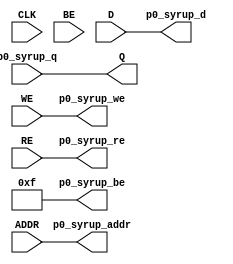
//------------------------------------------------------------------------------
// Single-port Cache
//------------------------------------------------------------------------------
module SyrupMemory1P #
  (
   parameter DOMAIN = "undefined",
   parameter ID = 0,
   parameter ADDR_WIDTH = 10,
   parameter DATA_WIDTH = 32,
   parameter WAY = 1,
   parameter LINEWIDTH = 128,
   parameter BYTE_ENABLE = 0
   )
  (
   input                     CLK,
   input [ADDR_WIDTH-1:0]    ADDR,
   input [DATA_WIDTH-1:0]    D,
   input                     WE,
   output [DATA_WIDTH-1:0]   Q,
   input                     RE,
   input [DATA_WIDTH/8-1:0]  BE,
   output [ADDR_WIDTH-1:0]   p0_syrup_addr,
   output [DATA_WIDTH-1:0]   p0_syrup_d,
   output                    p0_syrup_we,
   input [DATA_WIDTH-1:0]    p0_syrup_q,
   output                    p0_syrup_re,
   output [DATA_WIDTH/8-1:0] p0_syrup_be
   );
  assign p0_syrup_addr = ADDR;
  assign p0_syrup_d = D;
  assign p0_syrup_we = WE;
  assign p0_syrup_re = RE;
  assign p0_syrup_be = BYTE_ENABLE? BE : {(DATA_WIDTH/8){1'b1}};
  assign Q = p0_syrup_q;
endmodule

//------------------------------------------------------------------------------
// Dual-port Cache
//------------------------------------------------------------------------------
module SyrupMemory2P #
  (
   parameter DOMAIN = "undefined",
   parameter ID = 0,
   parameter ADDR_WIDTH = 10,
   parameter DATA_WIDTH = 32,
   parameter WAY = 1,
   parameter LINEWIDTH = 128,
   parameter BYTE_ENABLE = 0
   )
  (
   input                     CLK,
   input [ADDR_WIDTH-1:0]    ADDR0,
   input [DATA_WIDTH-1:0]    D0,
   input                     WE0,
   output [DATA_WIDTH-1:0]   Q0,
   input                     RE0,
   input [DATA_WIDTH/8-1:0]  BE0,
   input [ADDR_WIDTH-1:0]    ADDR1,
   input [DATA_WIDTH-1:0]    D1,
   input                     WE1,
   output [DATA_WIDTH-1:0]   Q1,
   input                     RE1,
   input [DATA_WIDTH/8-1:0]  BE1,
   output [ADDR_WIDTH-1:0]   p0_syrup_addr,
   output [DATA_WIDTH-1:0]   p0_syrup_d,
   output                    p0_syrup_we,
   input [DATA_WIDTH-1:0]    p0_syrup_q,
   output                    p0_syrup_re,
   output [DATA_WIDTH/8-1:0] p0_syrup_be,
   output [ADDR_WIDTH-1:0]   p1_syrup_addr,
   output [DATA_WIDTH-1:0]   p1_syrup_d,
   output                    p1_syrup_we,
   input [DATA_WIDTH-1:0]    p1_syrup_q,
   output                    p1_syrup_re,
   output [DATA_WIDTH/8-1:0] p1_syrup_be
   );
  assign p0_syrup_addr = ADDR0;
  assign p0_syrup_d = D0;
  assign p0_syrup_we = WE0;
  assign p0_syrup_re = RE0;
  assign p0_syrup_be = BYTE_ENABLE? BE0 : {(DATA_WIDTH/8){1'b1}};
  assign Q0 = p0_syrup_q;
  assign p1_syrup_addr = ADDR1;
  assign p1_syrup_d = D1;
  assign p1_syrup_we = WE1;
  assign p1_syrup_re = RE1;
  assign p1_syrup_be = BYTE_ENABLE? BE1 : {(DATA_WIDTH/8){1'b1}};
  assign Q1 = p1_syrup_q;
endmodule

//------------------------------------------------------------------------------
// Tri-port Cache
//------------------------------------------------------------------------------
module SyrupMemory3P #
  (
   parameter DOMAIN = "undefined",
   parameter ID = 0,
   parameter ADDR_WIDTH = 10,
   parameter DATA_WIDTH = 32,
   parameter WAY = 1,
   parameter LINEWIDTH = 128,
   parameter BYTE_ENABLE = 0
   )
  (
   input                     CLK,
   input [ADDR_WIDTH-1:0]    ADDR0,
   input [DATA_WIDTH-1:0]    D0,
   input                     WE0,
   output [DATA_WIDTH-1:0]   Q0,
   input                     RE0,
   input [DATA_WIDTH/8-1:0]  BE0,
   input [ADDR_WIDTH-1:0]    ADDR1,
   input [DATA_WIDTH-1:0]    D1,
   input                     WE1,
   output [DATA_WIDTH-1:0]   Q1,
   input                     RE1,
   input [DATA_WIDTH/8-1:0]  BE1,
   input [ADDR_WIDTH-1:0]    ADDR2,
   input [DATA_WIDTH-1:0]    D2,
   input                     WE2,
   output [DATA_WIDTH-1:0]   Q2,
   input                     RE2,
   input [DATA_WIDTH/8-1:0]  BE2,
   output [ADDR_WIDTH-1:0]   p0_syrup_addr,
   output [DATA_WIDTH-1:0]   p0_syrup_d,
   output                    p0_syrup_we,
   input [DATA_WIDTH-1:0]    p0_syrup_q,
   output                    p0_syrup_re,
   output [DATA_WIDTH/8-1:0] p0_syrup_be,
   output [ADDR_WIDTH-1:0]   p1_syrup_addr,
   output [DATA_WIDTH-1:0]   p1_syrup_d,
   output                    p1_syrup_we,
   input [DATA_WIDTH-1:0]    p1_syrup_q,
   output                    p1_syrup_re,
   output [DATA_WIDTH/8-1:0] p1_syrup_be,
   output [ADDR_WIDTH-1:0]   p2_syrup_addr,
   output [DATA_WIDTH-1:0]   p2_syrup_d,
   output                    p2_syrup_we,
   input [DATA_WIDTH-1:0]    p2_syrup_q,
   output                    p2_syrup_re,
   output [DATA_WIDTH/8-1:0] p2_syrup_be
   );
  assign p0_syrup_addr = ADDR0;
  assign p0_syrup_d = D0;
  assign p0_syrup_we = WE0;
  assign p0_syrup_re = RE0;
  assign p0_syrup_be = BYTE_ENABLE? BE0 : {(DATA_WIDTH/8){1'b1}};
  assign Q0 = p0_syrup_q;
  assign p1_syrup_addr = ADDR1;
  assign p1_syrup_d = D1;
  assign p1_syrup_we = WE1;
  assign p1_syrup_re = RE1;
  assign p1_syrup_be = BYTE_ENABLE? BE1 : {(DATA_WIDTH/8){1'b1}};
  assign Q1 = p1_syrup_q;
  assign p2_syrup_addr = ADDR2;
  assign p2_syrup_d = D2;
  assign p2_syrup_we = WE2;
  assign p2_syrup_re = RE2;
  assign p2_syrup_be = BYTE_ENABLE? BE2 : {(DATA_WIDTH/8){1'b1}};
  assign Q2 = p2_syrup_q;
endmodule

//------------------------------------------------------------------------------
// Quad-port Cache
//------------------------------------------------------------------------------
module SyrupMemory4P #
  (
   parameter DOMAIN = "undefined",
   parameter ID = 0,
   parameter ADDR_WIDTH = 10,
   parameter DATA_WIDTH = 32,
   parameter WAY = 1,
   parameter LINEWIDTH = 128,
   parameter BYTE_ENABLE = 0
   )
  (
   input                     CLK,
   input [ADDR_WIDTH-1:0]    ADDR0,
   input [DATA_WIDTH-1:0]    D0,
   input                     WE0,
   output [DATA_WIDTH-1:0]   Q0,
   input                     RE0,
   input [DATA_WIDTH/8-1:0]  BE0,
   input [ADDR_WIDTH-1:0]    ADDR1,
   input [DATA_WIDTH-1:0]    D1,
   input                     WE1,
   output [DATA_WIDTH-1:0]   Q1,
   input                     RE1,
   input [DATA_WIDTH/8-1:0]  BE1,
   input [ADDR_WIDTH-1:0]    ADDR2,
   input [DATA_WIDTH-1:0]    D2,
   input                     WE2,
   output [DATA_WIDTH-1:0]   Q2,
   input                     RE2,
   input [DATA_WIDTH/8-1:0]  BE2,
   input [ADDR_WIDTH-1:0]    ADDR3,
   input [DATA_WIDTH-1:0]    D3,
   input                     WE3,
   output [DATA_WIDTH-1:0]   Q3,
   input                     RE3,
   input [DATA_WIDTH/8-1:0]  BE3,
   output [ADDR_WIDTH-1:0]   p0_syrup_addr,
   output [DATA_WIDTH-1:0]   p0_syrup_d,
   output                    p0_syrup_we,
   input [DATA_WIDTH-1:0]    p0_syrup_q,
   output                    p0_syrup_re,
   output [DATA_WIDTH/8-1:0] p0_syrup_be,
   output [ADDR_WIDTH-1:0]   p1_syrup_addr,
   output [DATA_WIDTH-1:0]   p1_syrup_d,
   output                    p1_syrup_we,
   input [DATA_WIDTH-1:0]    p1_syrup_q,
   output                    p1_syrup_re,
   output [DATA_WIDTH/8-1:0] p1_syrup_be,
   output [ADDR_WIDTH-1:0]   p2_syrup_addr,
   output [DATA_WIDTH-1:0]   p2_syrup_d,
   output                    p2_syrup_we,
   input [DATA_WIDTH-1:0]    p2_syrup_q,
   output                    p2_syrup_re,
   output [DATA_WIDTH/8-1:0] p2_syrup_be,
   output [ADDR_WIDTH-1:0]   p3_syrup_addr,
   output [DATA_WIDTH-1:0]   p3_syrup_d,
   output                    p3_syrup_we,
   input [DATA_WIDTH-1:0]    p3_syrup_q,
   output                    p3_syrup_re,
   output [DATA_WIDTH/8-1:0] p3_syrup_be
   );
  assign p0_syrup_addr = ADDR0;
  assign p0_syrup_d = D0;
  assign p0_syrup_we = WE0;
  assign p0_syrup_re = RE0;
  assign p0_syrup_be = BYTE_ENABLE? BE0 : {(DATA_WIDTH/8){1'b1}};
  assign Q0 = p0_syrup_q;
  assign p1_syrup_addr = ADDR1;
  assign p1_syrup_d = D1;
  assign p1_syrup_we = WE1;
  assign p1_syrup_re = RE1;
  assign p1_syrup_be = BYTE_ENABLE? BE1 : {(DATA_WIDTH/8){1'b1}};
  assign Q1 = p1_syrup_q;
  assign p2_syrup_addr = ADDR2;
  assign p2_syrup_d = D2;
  assign p2_syrup_we = WE2;
  assign p2_syrup_re = RE2;
  assign p2_syrup_be = BYTE_ENABLE? BE2 : {(DATA_WIDTH/8){1'b1}};
  assign Q2 = p2_syrup_q;
  assign p3_syrup_addr = ADDR3;
  assign p3_syrup_d = D3;
  assign p3_syrup_we = WE3;
  assign p3_syrup_re = RE3;
  assign p3_syrup_be = BYTE_ENABLE? BE3 : {(DATA_WIDTH/8){1'b1}};
  assign Q3 = p3_syrup_q;
endmodule

//------------------------------------------------------------------------------
// Five-port Cache
//------------------------------------------------------------------------------
module SyrupMemory5P #
  (
   parameter DOMAIN = "undefined",
   parameter ID = 0,
   parameter ADDR_WIDTH = 10,
   parameter DATA_WIDTH = 32,
   parameter WAY = 1,
   parameter LINEWIDTH = 128,
   parameter BYTE_ENABLE = 0
   )
  (
   input                     CLK,
   input [ADDR_WIDTH-1:0]    ADDR0,
   input [DATA_WIDTH-1:0]    D0,
   input                     WE0,
   output [DATA_WIDTH-1:0]   Q0,
   input                     RE0,
   input [DATA_WIDTH/8-1:0]  BE0,
   input [ADDR_WIDTH-1:0]    ADDR1,
   input [DATA_WIDTH-1:0]    D1,
   input                     WE1,
   output [DATA_WIDTH-1:0]   Q1,
   input                     RE1,
   input [DATA_WIDTH/8-1:0]  BE1,
   input [ADDR_WIDTH-1:0]    ADDR2,
   input [DATA_WIDTH-1:0]    D2,
   input                     WE2,
   output [DATA_WIDTH-1:0]   Q2,
   input                     RE2,
   input [DATA_WIDTH/8-1:0]  BE2,
   input [ADDR_WIDTH-1:0]    ADDR3,
   input [DATA_WIDTH-1:0]    D3,
   input                     WE3,
   output [DATA_WIDTH-1:0]   Q3,
   input                     RE3,
   input [DATA_WIDTH/8-1:0]  BE3,
   input [ADDR_WIDTH-1:0]    ADDR4,
   input [DATA_WIDTH-1:0]    D4,
   input                     WE4,
   output [DATA_WIDTH-1:0]   Q4,
   input                     RE4,
   input [DATA_WIDTH/8-1:0]  BE4,
   output [ADDR_WIDTH-1:0]   p0_syrup_addr,
   output [DATA_WIDTH-1:0]   p0_syrup_d,
   output                    p0_syrup_we,
   input [DATA_WIDTH-1:0]    p0_syrup_q,
   output                    p0_syrup_re,
   output [DATA_WIDTH/8-1:0] p0_syrup_be,
   output [ADDR_WIDTH-1:0]   p1_syrup_addr,
   output [DATA_WIDTH-1:0]   p1_syrup_d,
   output                    p1_syrup_we,
   input [DATA_WIDTH-1:0]    p1_syrup_q,
   output                    p1_syrup_re,
   output [DATA_WIDTH/8-1:0] p1_syrup_be,
   output [ADDR_WIDTH-1:0]   p2_syrup_addr,
   output [DATA_WIDTH-1:0]   p2_syrup_d,
   output                    p2_syrup_we,
   input [DATA_WIDTH-1:0]    p2_syrup_q,
   output                    p2_syrup_re,
   output [DATA_WIDTH/8-1:0] p2_syrup_be,
   output [ADDR_WIDTH-1:0]   p3_syrup_addr,
   output [DATA_WIDTH-1:0]   p3_syrup_d,
   output                    p3_syrup_we,
   input [DATA_WIDTH-1:0]    p3_syrup_q,
   output                    p3_syrup_re,
   output [DATA_WIDTH/8-1:0] p3_syrup_be,
   output [ADDR_WIDTH-1:0]   p4_syrup_addr,
   output [DATA_WIDTH-1:0]   p4_syrup_d,
   output                    p4_syrup_we,
   input [DATA_WIDTH-1:0]    p4_syrup_q,
   output                    p4_syrup_re,
   output [DATA_WIDTH/8-1:0] p4_syrup_be
   );
  assign p0_syrup_addr = ADDR0;
  assign p0_syrup_d = D0;
  assign p0_syrup_we = WE0;
  assign p0_syrup_re = RE0;
  assign p0_syrup_be = BYTE_ENABLE? BE0 : {(DATA_WIDTH/8){1'b1}};
  assign Q0 = p0_syrup_q;
  assign p1_syrup_addr = ADDR1;
  assign p1_syrup_d = D1;
  assign p1_syrup_we = WE1;
  assign p1_syrup_re = RE1;
  assign p1_syrup_be = BYTE_ENABLE? BE1 : {(DATA_WIDTH/8){1'b1}};
  assign Q1 = p1_syrup_q;
  assign p2_syrup_addr = ADDR2;
  assign p2_syrup_d = D2;
  assign p2_syrup_we = WE2;
  assign p2_syrup_re = RE2;
  assign p2_syrup_be = BYTE_ENABLE? BE2 : {(DATA_WIDTH/8){1'b1}};
  assign Q2 = p2_syrup_q;
  assign p3_syrup_addr = ADDR3;
  assign p3_syrup_d = D3;
  assign p3_syrup_we = WE3;
  assign p3_syrup_re = RE3;
  assign p3_syrup_be = BYTE_ENABLE? BE3 : {(DATA_WIDTH/8){1'b1}};
  assign Q3 = p3_syrup_q;
  assign p4_syrup_addr = ADDR4;
  assign p4_syrup_d = D4;
  assign p4_syrup_we = WE4;
  assign p4_syrup_re = RE4;
  assign p4_syrup_be = BYTE_ENABLE? BE4 : {(DATA_WIDTH/8){1'b1}};
  assign Q4 = p4_syrup_q;
endmodule

//------------------------------------------------------------------------------
// Abstract Channel
//------------------------------------------------------------------------------
module SyrupOutChannel #
  (
   parameter DOMAIN = "undefined",
   parameter ID = 0,
   parameter DATA_WIDTH = 32,
   parameter ADDR_WIDTH = 4
   )
  (
   input                   CLK,
   input [DATA_WIDTH-1:0]  D,
   input                   WE,
   output [DATA_WIDTH-1:0] syrup_d,
   output                  syrup_we
   );
  assign syrup_d = D;
  assign syrup_we = WE;
endmodule

module SyrupInChannel #
  (
   parameter DOMAIN = "undefined",
   parameter ID = 0,
   parameter DATA_WIDTH = 32,
   parameter ADDR_WIDTH = 4
   )
  (
   input                   CLK,
   output [DATA_WIDTH-1:0] Q,
   input                   RE,
   input [DATA_WIDTH-1:0]  syrup_q,
   output                  syrup_re
   );
  assign Q = syrup_q;
  assign syrup_re = RE;
endmodule